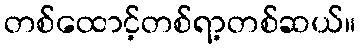
တစ်ထောင့်တစ်ရာ့တစ်ဆယ်။